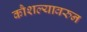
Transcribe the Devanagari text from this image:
कौशल्यावरुन